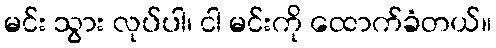
မင်း သွား လုပ်ပါ၊ ငါ မင်းကို ထောက်ခံတယ်။